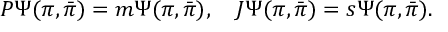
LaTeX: P \Psi ( \pi , { \bar { \pi } } ) = m \Psi ( \pi , { \bar { \pi } } ) , \quad { J } \Psi ( \pi , { \bar { \pi } } ) = s \Psi ( \pi , { \bar { \pi } } ) .